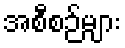
အစီစဉ်များ